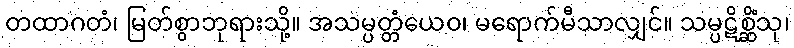
တထာဂတံ၊ မြတ်စွာဘုရားသို့။ အသမ္ပတ္တံယေဝ၊ မရောက်မီသာလျှင်။ သမ္ပဋိစ္ဆိံသု၊